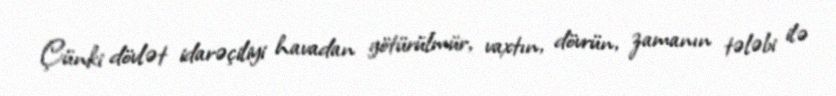
Çünki dövlət idarəçiliyi havadan götürülmür, vaxtın, dövrün, zamanın tələbi ilə